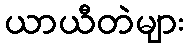
ယာယီတဲများ